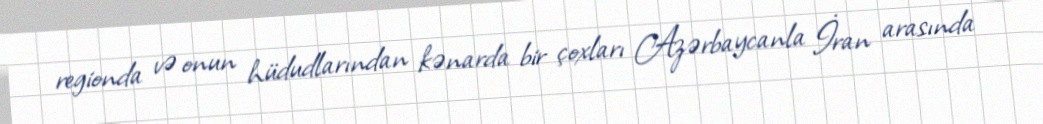
regionda və onun hüdudlarından kənarda bir çoxları Azərbaycanla İran arasında